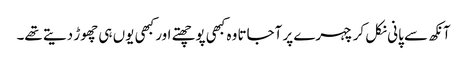
آنکھ سے پانی نکل کر چہرے پر آجاتا وہ کبھی پوچھتے اور کبھی یوں ہی چھوڑ دیتے تھے۔